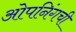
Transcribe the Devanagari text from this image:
ओपनिंगची